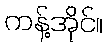
ကန့်အိုင်။